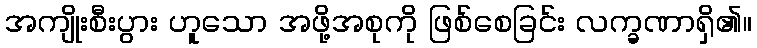
အကျိုးစီးပွား ဟူသော အဖို့အစုကို ဖြစ်စေခြင်း လက္ခဏာရှိ၏။